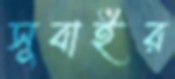
সুবাইর